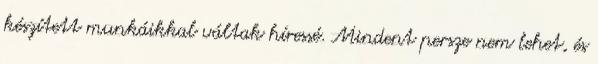
készített munkáikkal váltak híressé. Mindent persze nem lehet, és